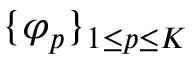
\{ \varphi _ { p } \} _ { 1 \le p \le K }